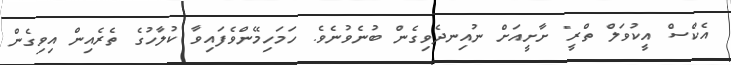
އެކްސް އީކުވަލް ތްރީ" ށާށީއަށް ނުއިނދެވިގެން ބުނެވުނެވެ. ހަމަހިމޭންވެފައިވާ ކުލާހުގެ ތެރެއިން އިވިގެން